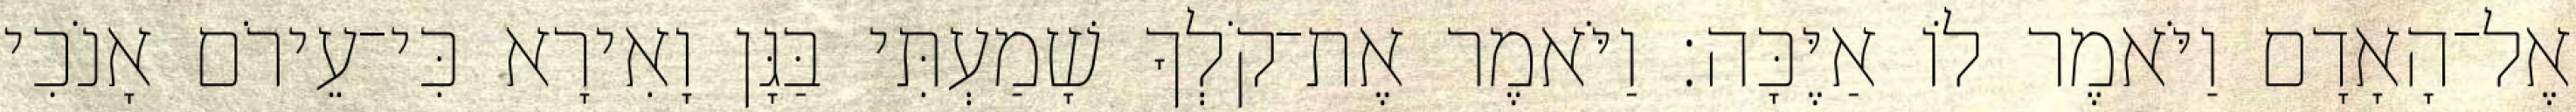
אֶל־הָאָדָם וַיֹּאמֶר לֹו אַיֶּכָּה׃ וַיֹּאמֶר אֶת־קֹלְךָ שָׁמַעְתִּי בַּגָּן וָאִירָא כִּי־עֵירֹם אָנֹכִי